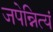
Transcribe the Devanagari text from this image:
जपेन्नित्यं